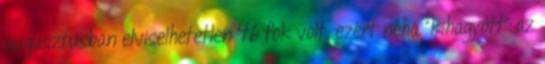
augusztusban elviselhetetlen 46 fok volt, ezért néha "kihagyott" az